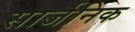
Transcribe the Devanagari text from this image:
सार्जनिक